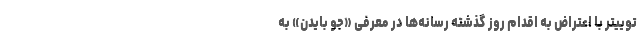
توییتر با اعتراض به اقدام روز گذشته رسانه‌ها در معرفی «جو بایدن» به